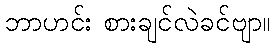
ဘာဟင်း စားချင်လဲခင်ဗျာ။